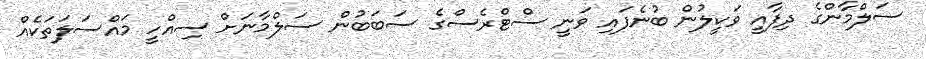
ސަލްމާންގެ ދިފާއީ ވަކީލުން ބުނެފައި ވަނީ ސްޓްރެސްގެ ސަބަބުން ސަލްމާނަށް ސިއްހީ މައްސަލަތަކެއް